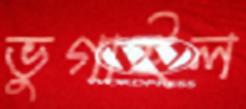
ভুগাইল